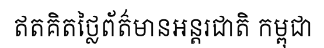
ឥតគិតថ្លៃព័ត៌មានអន្តរជាតិ កម្ពុជា